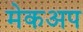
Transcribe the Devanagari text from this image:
मेकअप